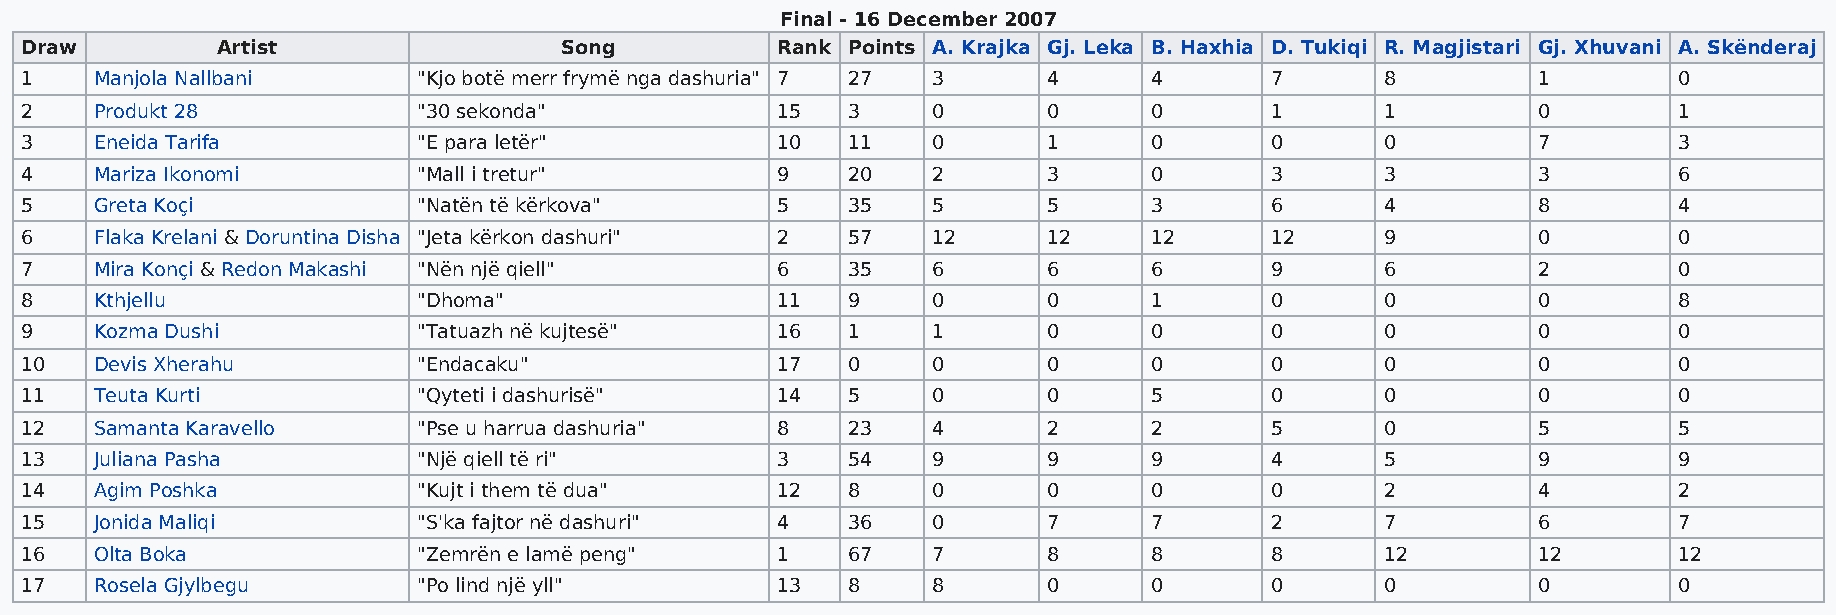
Final - 16 December 2007
 Draw         Artist                 Song          Rank Points A. Krajka Gj. Leka B. Haxhia D. Tukiqi R. Magjistari Gj. Xhuvani A. Skënderaj
 1    Manjola Nallbani      "Kjo botë merr frymë nga dashuria" 7 27 3 4     4       7       8         1        0
 2    Produkt 28            "30 sekonda"           15   3     0      0      0       1       1         0        1
 3    Eneida Tarifa         "E para letër"         10   11    0      1      0       0       0         7        3
 4    Mariza Ikonomi        "Mall i tretur"        9    20    2      3      0       3       3         3        6
 5    Greta Koçi            "Natën të kërkova"     5    35    5      5      3       6       4         8        4
 6    Flaka Krelani & Doruntina Disha "Jeta kërkon dashuri" 2 57 12  12     12      12      9         0        0
 7    Mira Konçi & Redon Makashi "Nën një qiell"   6    35    6      6      6       9       6         2        0
 8    Kthjellu              "Dhoma"                11   9     0      0      1       0       0         0        8
 9    Kozma Dushi           "Tatuazh në kujtesë"   16   1     1      0      0       0       0         0        0
 10   Devis Xherahu         "Endacaku"             17   0     0      0      0       0       0         0        0
 11   Teuta Kurti           "Qyteti i dashurisë"   14   5     0      0      5       0       0         0        0
 12   Samanta Karavello     "Pse u harrua dashuria" 8   23    4      2      2       5       0         5        5
 13   Juliana Pasha         "Një qiell të ri"      3    54    9      9      9       4       5         9        9
 14   Agim Poshka           "Kujt i them të dua"   12   8     0      0      0       0       2         4        2
 15   Jonida Maliqi         "S'ka fajtor në dashuri" 4  36    0      7      7       2       7         6        7
 16   Olta Boka             "Zemrën e lamë peng"   1    67    7      8      8       8       12        12       12
 17   Rosela Gjylbegu       "Po lind një yll"      13   8     8      0      0       0       0         0        0